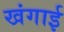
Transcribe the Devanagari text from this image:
खंगाई